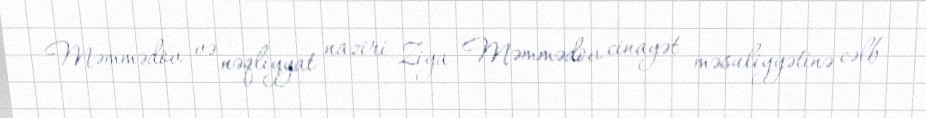
Məmmədov və nəqliyyat naziri Ziya Məmmədov cinayət məsuliyyətinə cəlb